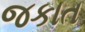
જકાત